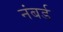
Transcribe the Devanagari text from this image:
नंबर्ड